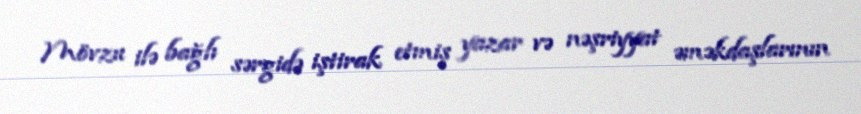
Mövzu ilə bağlı sərgidə iştirak etmiş yazar və nəşriyyat əməkdaşlarının